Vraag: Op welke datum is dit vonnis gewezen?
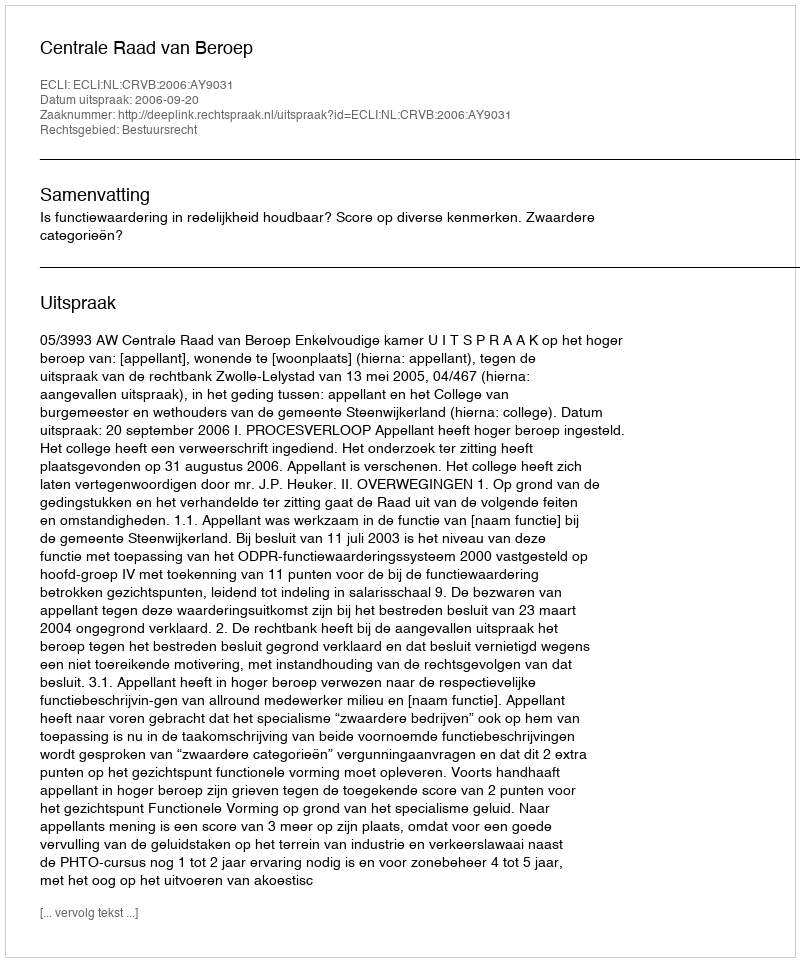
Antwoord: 2006-09-20